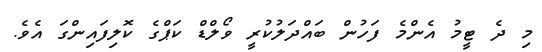
މި ދެ ޓީމު އެންމެ ފަހުން ބައްދަލުކުރީ ވޯލްޑް ކަޕްގެ ކޮލިފައިންގަ އެވެ.